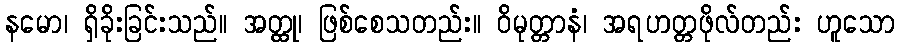
နမော၊ ရှိခိုးခြင်းသည်။ အတ္ထု၊ ဖြစ်စေသတည်း။ ဝိမုတ္တာနံ၊ အရဟတ္တဖိုလ်တည်း ဟူသော